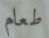
طعام